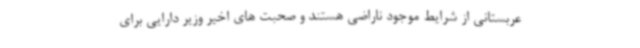
عربستانی از شرایط موجود ناراضی هستند و صحبت های اخیر وزیر دارایی برای